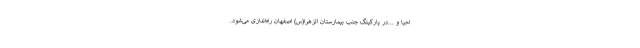
احیا و ...در پارکینگ جنب بیمارستان الزهرا(س) اصفهان راه‌اندازی می‌شود.